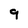
Character: 9